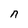
Character: n